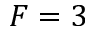
F = 3